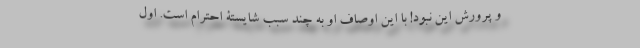
و پرورش این نبود! با این اوصاف او به چند سبب شایستۀ احترام است. اول